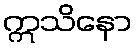
ဣသိနော